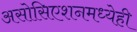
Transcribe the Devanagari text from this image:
असोसिएशनमध्येही